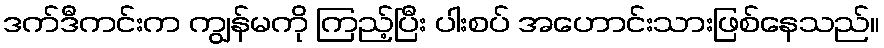
ဒက်ဒီကင်းက ကျွန်မကို ကြည့်ပြီး ပါးစပ် အဟောင်းသားဖြစ်နေသည်။